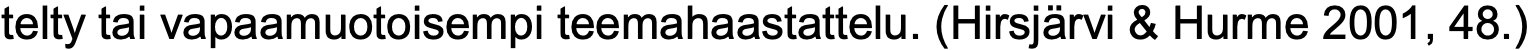
telty tai vapaamuotoisempi teemahaastattelu. (Hirsjärvi & Hurme 2001, 48.)